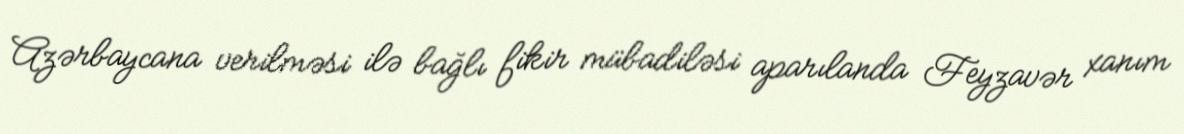
Azərbaycana verilməsi ilə bağlı fikir mübadiləsi aparılanda Feyzavər xanım